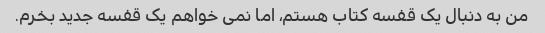
من به دنبال یک قفسه کتاب هستم، اما نمی خواهم یک قفسه جدید بخرم.